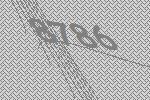
8786